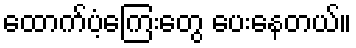
ထောက်ပံ့ကြေးတွေ ပေးနေတယ်။